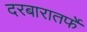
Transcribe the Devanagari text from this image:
दरबारातर्फे